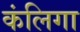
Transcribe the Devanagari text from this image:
कंलिगा